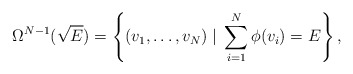
\begin{align*}\Omega^{N-1}(\sqrt{E})=\left \{(v_1,\dots,v_N)\; | \; \sum_{i=1}^{N}\phi(v_i)=E \right \},\end{align*}